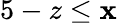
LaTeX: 5-z\leq\mathbf{x}